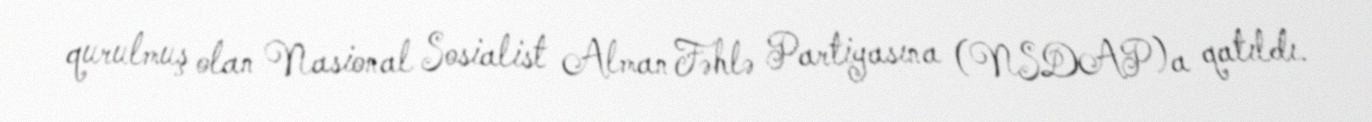
qurulmuş olan Nasional Sosialist Alman Fəhlə Partiyasına (NSDAP)a qatıldı.